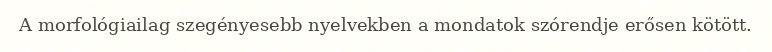
A morfológiailag szegényesebb nyelvekben a mondatok szórendje erősen kötött.